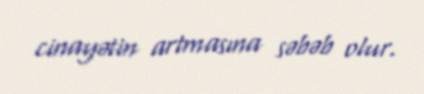
cinayətin artmasına səbəb olur.